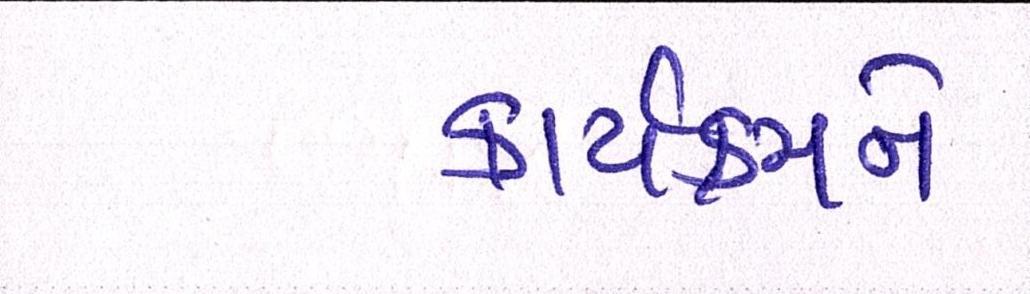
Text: કાર્યક્રમને